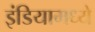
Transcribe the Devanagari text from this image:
इंडियामध्‍ये